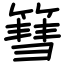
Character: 篲